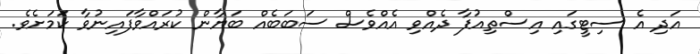
އަދި އެ ސިޓީގައި އިސްތިއުފާ ދެއްވި އެއްވެސް ސަބަބެއް ބަޔާން ކުރައްވާފައިނުވާ ކަމަށެވެ.